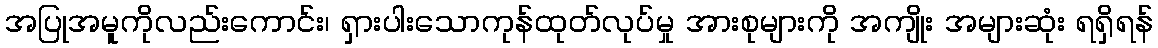
အပြုအမူကိုလည်းကောင်း၊ ရှားပါးသောကုန်ထုတ်လုပ်မှု အားစုများကို အကျိုး အများဆုံး ရရှိရန်